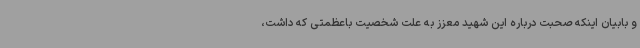
و بابیان اینکه صحبت درباره این شهید معزز به علت شخصیت باعظمتی که داشت،